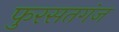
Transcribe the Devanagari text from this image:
फुरसतगंज